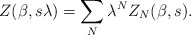
\begin{align*}Z(\beta ,s \lambda )=\sum _N\lambda ^NZ_N(\beta ,s).\end{align*}